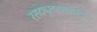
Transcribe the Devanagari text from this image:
रसदपुरवठ्यावरचा